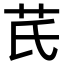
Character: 芪